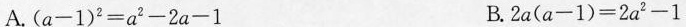
A. $$( a - 1 ) ^ { 2 } = a ^ { 2 }-2a-1$$ B. $$2 a ( a - 1 ) = 2 a ^ { 2 } - 1$$